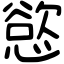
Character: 慾